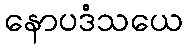
နောပဒံသယေ